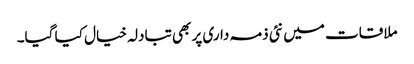
ملاقات میں نئی ذمہ داری پر بھی تبادلہ خیال کیا گیا۔